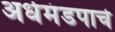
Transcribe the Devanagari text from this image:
अर्धमंडपाचे